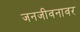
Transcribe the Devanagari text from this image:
जनजीवनावर